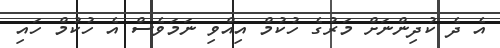
އެ ދެ ކުދިންނަށް މަރުގެ ހުކުމް އިއްވި ނަމަވެސް އެ ހުކުމް ހައި